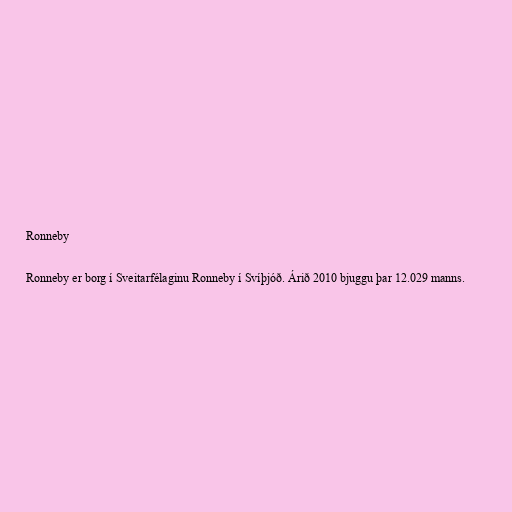
Ronneby

Ronneby er borg í Sveitarfélaginu Ronneby í Svíþjóð. Árið 2010 bjuggu þar 12.029 manns.